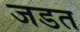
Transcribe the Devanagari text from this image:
जडत